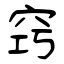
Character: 窍